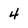
Character: 4